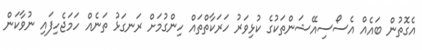
އެގޮތުން ބައެއް އެސޯސިއޭޝަންތަކުގެ ކުޅިވަރު ހަރަކާތްތައް ހިންގުމަށް ރަނގަޅު ތަނެއް ހަމަޖެހިފައި ނުވާކަން